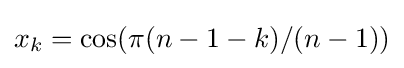
x_{k}=\cos(\pi (n-1-k)/(n-1))